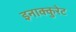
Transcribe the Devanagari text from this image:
इनाक्कुरेट